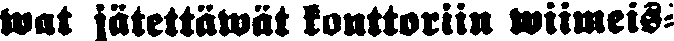
wat jätettäwät konttoriin wiimeis-